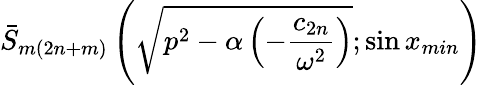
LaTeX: \bar{S}_{m({2n}+m)}\left(\sqrt{p^{2}-\alpha\left(-\frac{c_{2n}}{\omega^{2}}\right)};\sin x_{min}\right)